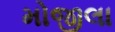
મોજીલા